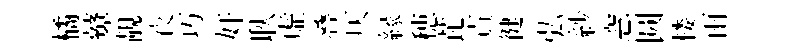
橘鼙靚夜巧奸耿虚叠仄縁穂芘責徤弘紗窓圆楼雨